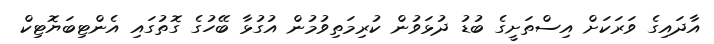
އާދައިގެ ވަރަކަށް އިސްތަށީގެ ބުޑު ދުޅަވުން ކުރިމަތިވުމުން އުގުޅާ ބޭހުގެ ގޮތުގައި އެންޓިބަޔޮޓިކް